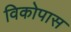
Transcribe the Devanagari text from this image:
विकोपास